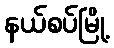
နယ်စပ်မြို့